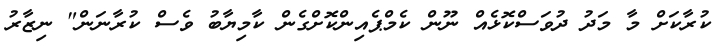
ކުރާކަށް މާ މަދު ދުވަސްކޮޅެއް ނޫން ކެމްޕެއިންކޮށްގެން ކާމިޔާބު ވެސް ކުރާނަން" ނިޒާރު